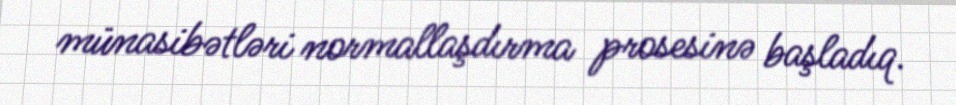
münasibətləri normallaşdırma prosesinə başladıq.